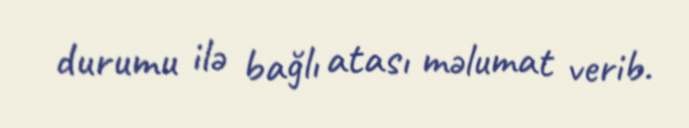
durumu ilə bağlı atası məlumat verib.